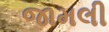
જામલી